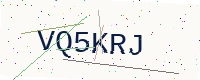
Text: VQ5KRJ